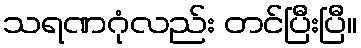
သရဏဂုံလည်း တင်ပြီးပြီ။